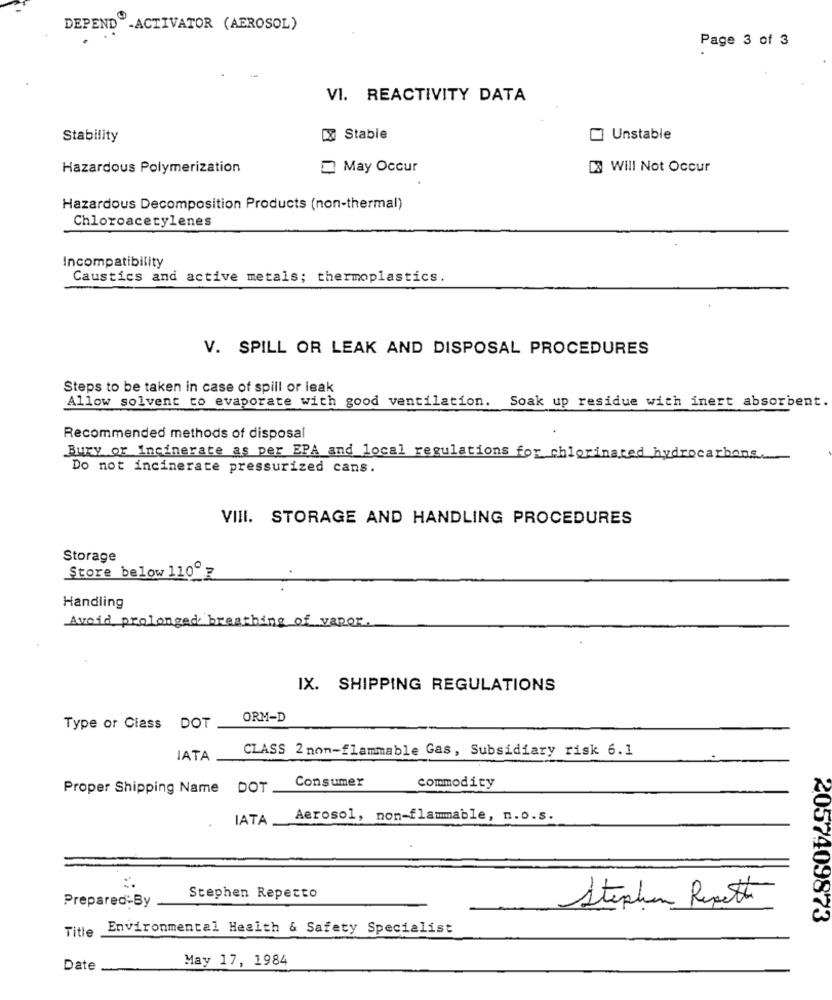
DEPEND -ACTIVATOR (AEROSOL)
Page 3 of 3
VI. REACTIVITY DATA
Stability
Stable
Unstable
Hazardous Polymerization
May Occur
DS Will Not Occur
Hazardous Decomposition Products (non-thermal)
Chloroacetylenes
Incompatibility
Caustics and active metals; thermoplastics.
V. SPILL OR LEAK AND DISPOSAL PROCEDURES
Steps to be taken in case of spill or leak
Allow solvent to evaporate with good ventilation. Soak up residue with inert absorbent.
Recommended methods of disposal
Bury or Incinerate as per EPA and local regulations for chlorinated hydrocarbons.
Do not incinerate pressurized cans.
VIII. STORAGE AND HANDLING PROCEDURES
Storage
Store below 110ºz
Handling
Avoid prolonged breathing of vapor.
IX. SHIPPING REGULATIONS
ORM-D
Type or Class DOT
CLASS 2 non-flammable Gas, Subsidiary risk 6.1
IATA
Consumer
Proper Shipping Name DOT
commodity
IATA
Aerosol, non-flammable, n.o.s.
.
Stephen Reperto
Prepared-By
Stephan Repeti
2057409873
Environmental Health & Safety Specialist
Title
May 17, 1984
Date